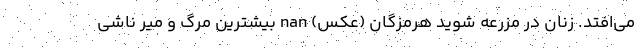
می‌افتد. زنان در مزرعه شوید هرمزگان (عکس) nan بیشترین مرگ و میر ناشی